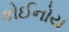
કોઈનોય